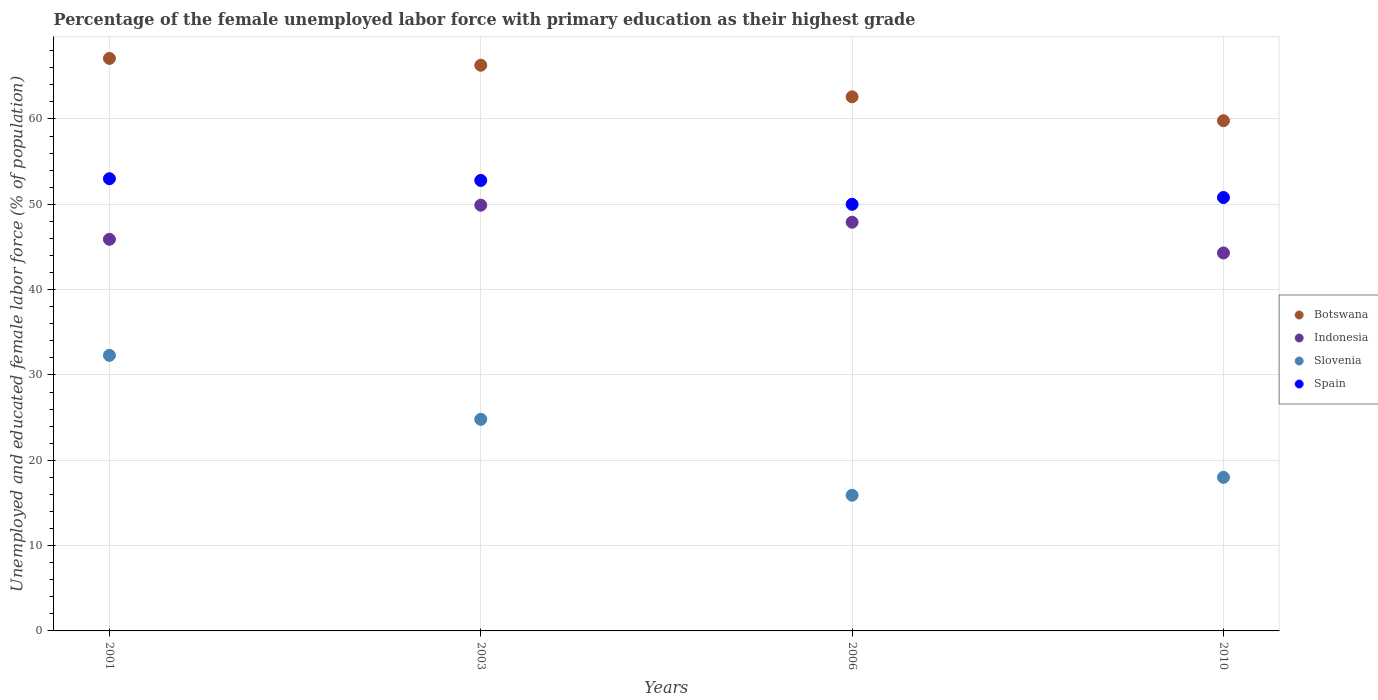
| Years | Botswana | Indonesia | Slovenia | Spain |
 | --- | --- | --- | --- | --- |
 | 2001 | 67.1 | 45.9 | 32.3 | 53 |
 | 2003 | 66.3 | 49.9 | 24.8 | 52.8 |
 | 2006 | 62.6 | 47.9 | 15.9 | 50 |
 | 2010 | 59.8 | 44.3 | 18 | 50.8 |